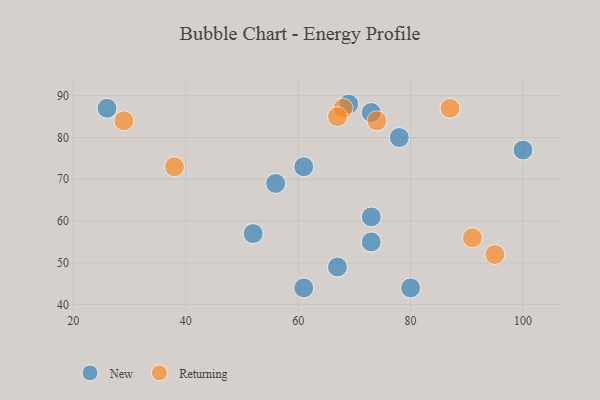
{"axis": {"x": "GDP", "y": "Life Expectancy"}, "legend": ["New", "Returning"], "data": [{"x": "69", "y": 88, "type": "New"}, {"x": "56", "y": 69, "type": "New"}, {"x": "78", "y": 80, "type": "New"}, {"x": "52", "y": 57, "type": "New"}, {"x": "73", "y": 55, "type": "New"}, {"x": "26", "y": 87, "type": "New"}, {"x": "67", "y": 49, "type": "New"}, {"x": "80", "y": 44, "type": "New"}, {"x": "61", "y": 44, "type": "New"}, {"x": "100", "y": 77, "type": "New"}, {"x": "61", "y": 73, "type": "New"}, {"x": "73", "y": 61, "type": "New"}, {"x": "73", "y": 86, "type": "New"}, {"x": "74", "y": 84, "type": "Returning"}, {"x": "38", "y": 73, "type": "Returning"}, {"x": "87", "y": 87, "type": "Returning"}, {"x": "68", "y": 87, "type": "Returning"}, {"x": "95", "y": 52, "type": "Returning"}, {"x": "67", "y": 85, "type": "Returning"}, {"x": "91", "y": 56, "type": "Returning"}, {"x": "29", "y": 84, "type": "Returning"}]}